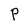
Character: P